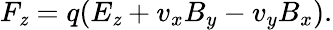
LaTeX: F_{\mathit{z}}=q(E_{\mathit{z}}+v_{x}B_{y}-v_{y}B_{x}).